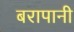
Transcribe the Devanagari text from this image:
बरापानी